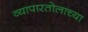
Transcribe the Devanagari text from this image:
व्यापारतोलाच्या